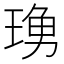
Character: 𤧓